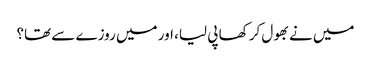
میں نے بھول کر کھا پی لیا، اور میں روزے سے تھا؟